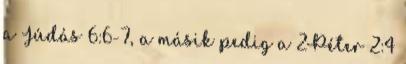
a Júdás 6:6-7, a másik pedig a 2Péter 2:4